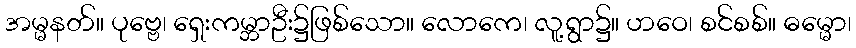
အမ္မနတ်။ ပုဗ္ဗေ၊ ရှေးကမ္ဘာဦး၌ဖြစ်သော။ လောကေ၊ လူ့ရွာ၌။ ဟဝေ၊ စင်စစ်။ ဓမ္မော၊